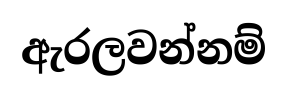
ඇරලවන්නම්